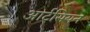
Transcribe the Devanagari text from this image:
आर्टसियन